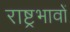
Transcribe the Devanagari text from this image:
राष्ट्रभावों